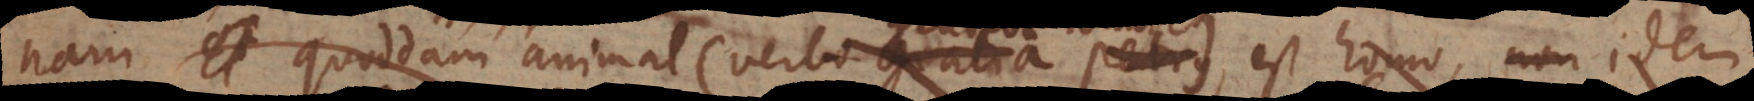
nam quoddam animal (verbi gratia Petrus homo), est homo, non idem